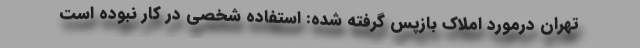
تهران درمورد املاک بازپس گرفته شده: استفاده شخصی در کار نبوده است